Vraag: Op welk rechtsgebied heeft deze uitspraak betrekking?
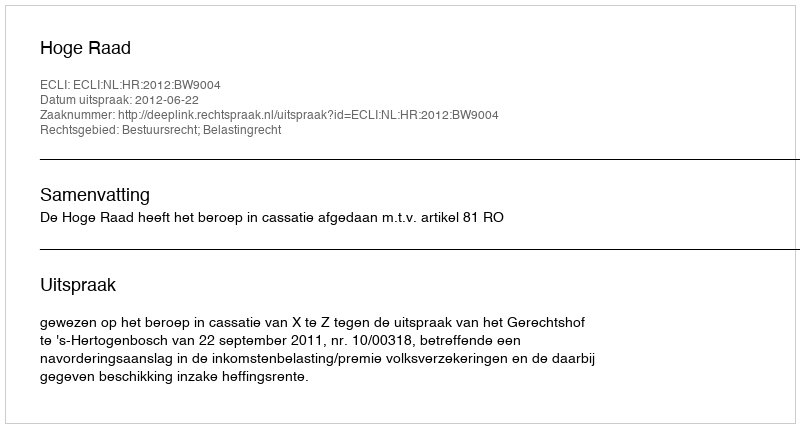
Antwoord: Bestuursrecht; Belastingrecht